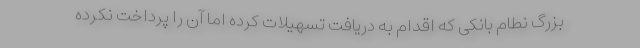
بزرگ نطام بانکی که اقدام به دریافت تسهیلات کرده اما آن را پرداخت نکرده